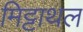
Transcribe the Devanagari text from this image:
मिट्टाथल